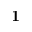
\mathbf { 1 }